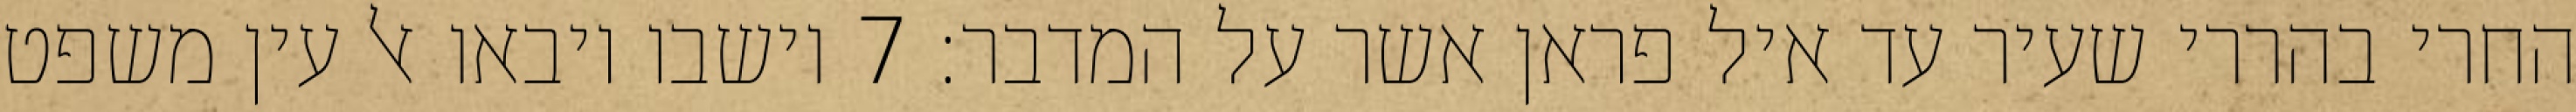
החרי בהררי שעיר עד איל פראן אשר על המדבר׃ ‎7‏ וישבו ויבאו אל עין משפט